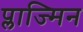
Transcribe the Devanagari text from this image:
प्लाज्मिन